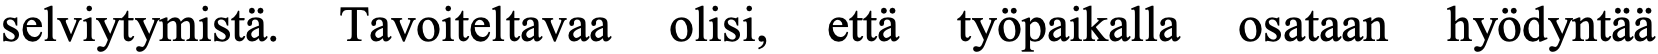
selviytymistä. Tavoiteltavaa olisi, että työpaikalla osataan hyödyntää